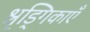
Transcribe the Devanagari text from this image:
श्रृड्गिकाएँ